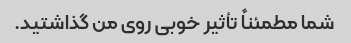
شما مطمئناً تأثیر خوبی روی من گذاشتید.